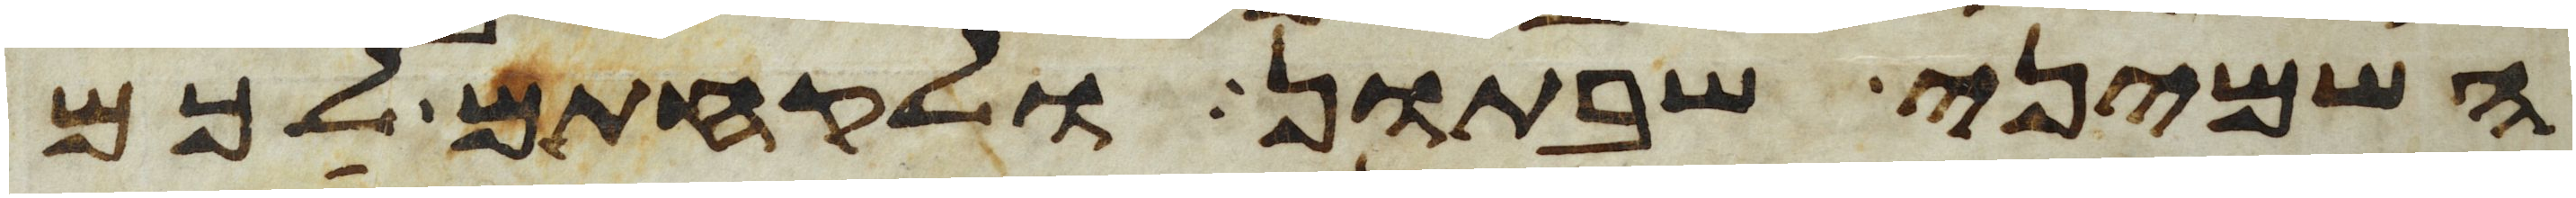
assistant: השמיני שבתון ולקחתם לכם